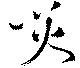
災